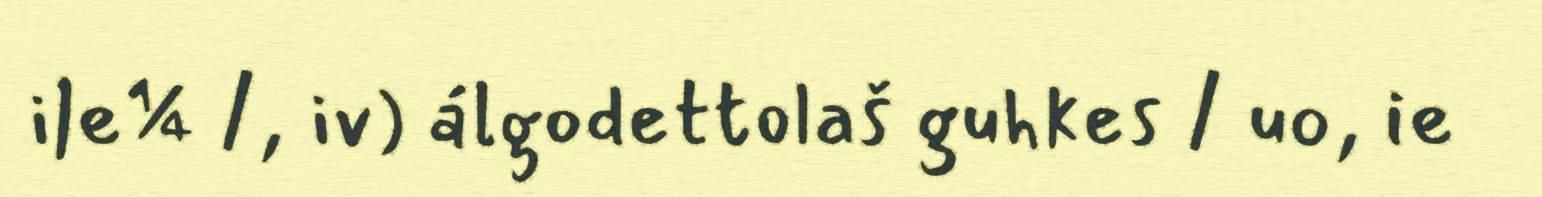
i|e¼ /, iv) álgodettolaš guhkes / uo, ie